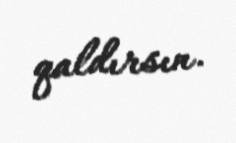
qaldırsın.